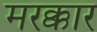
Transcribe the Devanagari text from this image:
मरक्कार